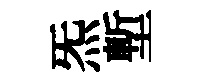
炁塹